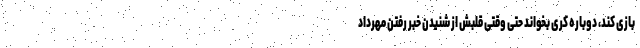
بازی کند، دوباره کُری بخواند حتی وقتی قلبش از شنیدن خبر رفتن مهرداد